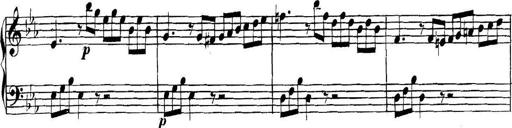
Title: Collected Piano Sonatas
Composer: Muzio Clementi